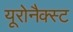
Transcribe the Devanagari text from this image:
यूरोनैक्स्ट